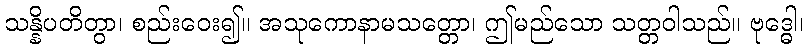
သန္နိပတိတွာ၊ စည်းဝေး၍။ အသုကောနာမသတ္တော၊ ဤမည်သော သတ္တဝါသည်။ ဗုဒ္ဓေါ၊